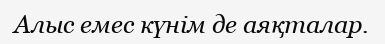
Алыс емес күнім де аяқталар.